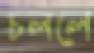
চললে